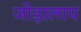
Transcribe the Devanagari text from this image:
जोड़ालाप